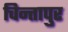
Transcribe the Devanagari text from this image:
चिन्तापुर